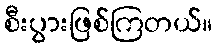
စီးပွားဖြစ်ကြတယ်။